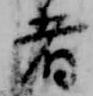
者